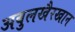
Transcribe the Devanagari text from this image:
अबुलखैरखान